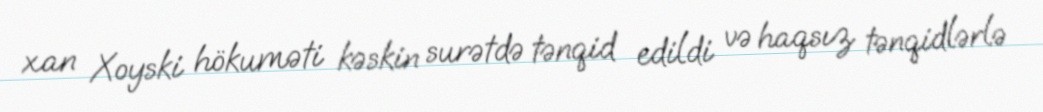
xan Xoyski hökuməti kəskin surətdə tənqid edildi və haqsız tənqidlərlə